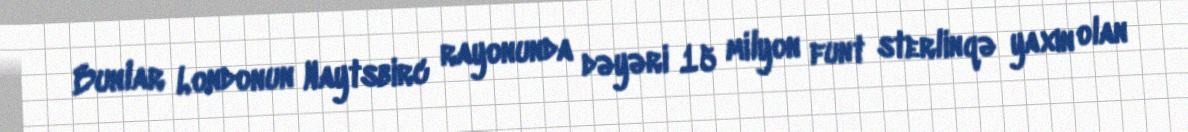
Bunlar Londonun Naytsbirc rayonunda dəyəri 15 milyon funt sterlinqə yaxın olan